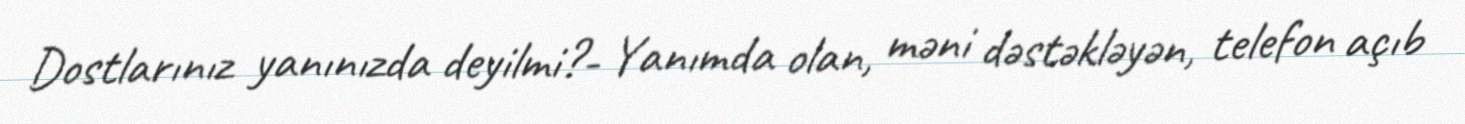
Dostlarınız yanınızda deyilmi?- Yanımda olan, məni dəstəkləyən, telefon açıb